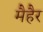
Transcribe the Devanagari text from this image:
मैहैर